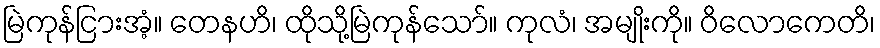
မြဲကုန်ငြားအံ့။ တေနဟိ၊ ထိုသို့မြဲကုန်သော်။ ကုလံ၊ အမျိုးကို။ ဝိလောကေတိ၊